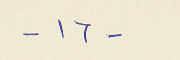
- ١٦ -